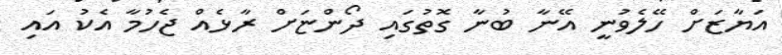
އަޔާޒަށް ހޭލެވުނީ އޭނާ ބުނާ ގޮތުގައި ދޯންޏަށް ރާޅެއް ޖެހުމާ އެކު އައި